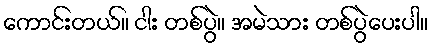
ကောင်းတယ်။ ငါး တစ်ပွဲ။ အမဲသား တစ်ပွဲပေးပါ။